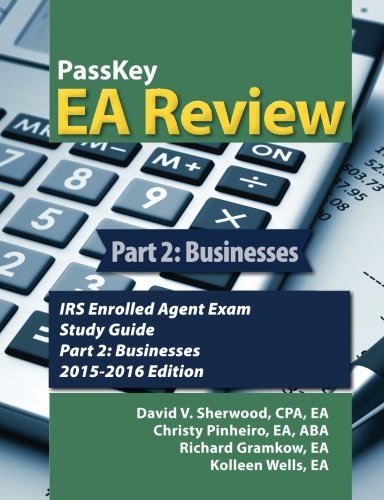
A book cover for PassKey EA Review Part 2;: Businesses, IRS Enrolled Agent Exam Study Guide: 2015-2016 Edition; David V Sherwood; Law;